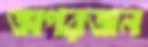
অপরজন